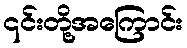
၎င်းတို့အကြောင်း